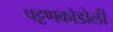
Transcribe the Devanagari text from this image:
पट्टणकोडोली